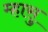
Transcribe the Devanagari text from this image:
म्हासु